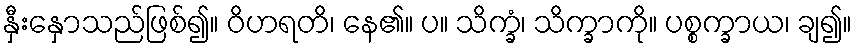
နှီးနှောသည်ဖြစ်၍။ ဝိဟရတိ၊ နေ၏။ ပ။ သိက္ခံ၊ သိက္ခာကို။ ပစ္စက္ခာယ၊ ချ၍။